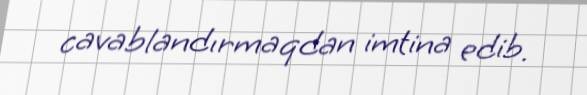
cavablandırmaqdan imtina edib.